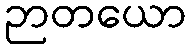
ဉာတယော